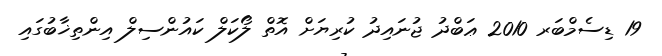
19 ޑިސެމްބަރ 2010 ޢަބްދު ޖުނައިދު ކުރިޔަށް އޮތް ލޯކަލް ކައުންސިލް އިންތިޚާބުގައި